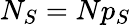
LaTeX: N_{S}=Np_{S}